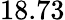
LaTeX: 18.73